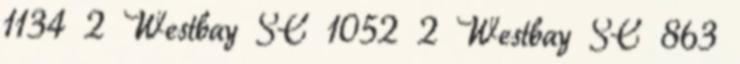
1134 2 Westbay SC 1052 2 Westbay SC 863